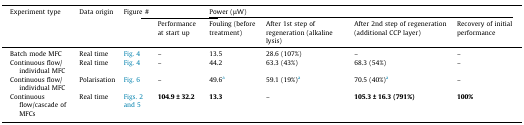
<table><thead><tr><td><b>Experiment type</b></td><td><b>Data origin</b></td><td><b>Figure #</b></td><td></td><td colspan="4"><b>Power (μW)</b></td></tr><tr><td><b>Performance at start up</b></td><td><b>Fouling (before treatment)</b></td><td><b>After 1st step of regeneration (alkaline lysis)</b></td><td><b>After 2nd step of regeneration (additional CCP layer)</b></td><td><b>Recovery of initial performance</b></td></tr></thead><tbody><tr><td>Batch mode MFC</td><td>Real time</td><td>Fig. 4</td><td>–</td><td>13.5</td><td>28.6 (107%)</td><td>–</td><td>–</td></tr><tr><td>Continuous flow/individual MFC</td><td>Real time</td><td>Fig. 4</td><td>–</td><td>44.2</td><td>63.3 (43%)</td><td>68.3 (54%)</td><td>–</td></tr><tr><td>Continuous flow/individual MFC</td><td>Polarisation</td><td>Fig. 6</td><td>–</td><td>49.6a</td><td>59.1 (19%)a</td><td>70.5 (40%)a</td><td>–</td></tr><tr><td>Continuous flow/cascade of MFCs</td><td>Real time</td><td>Fig. 2, Fig. 5</td><td><b>104.9</b> <b>±</b> <b>32.2</b></td><td><b>13.3</b></td><td>–</td><td><b>105.3</b> <b>±</b> <b>16.3 (791%)</b></td><td><b>100%</b></td></tr></tbody></table>